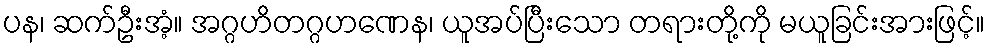
ပန၊ ဆက်ဦးအံ့။ အဂ္ဂဟိတဂ္ဂဟဏေန၊ ယူအပ်ပြီးသော တရားတို့ကို မယူခြင်းအားဖြင့်။